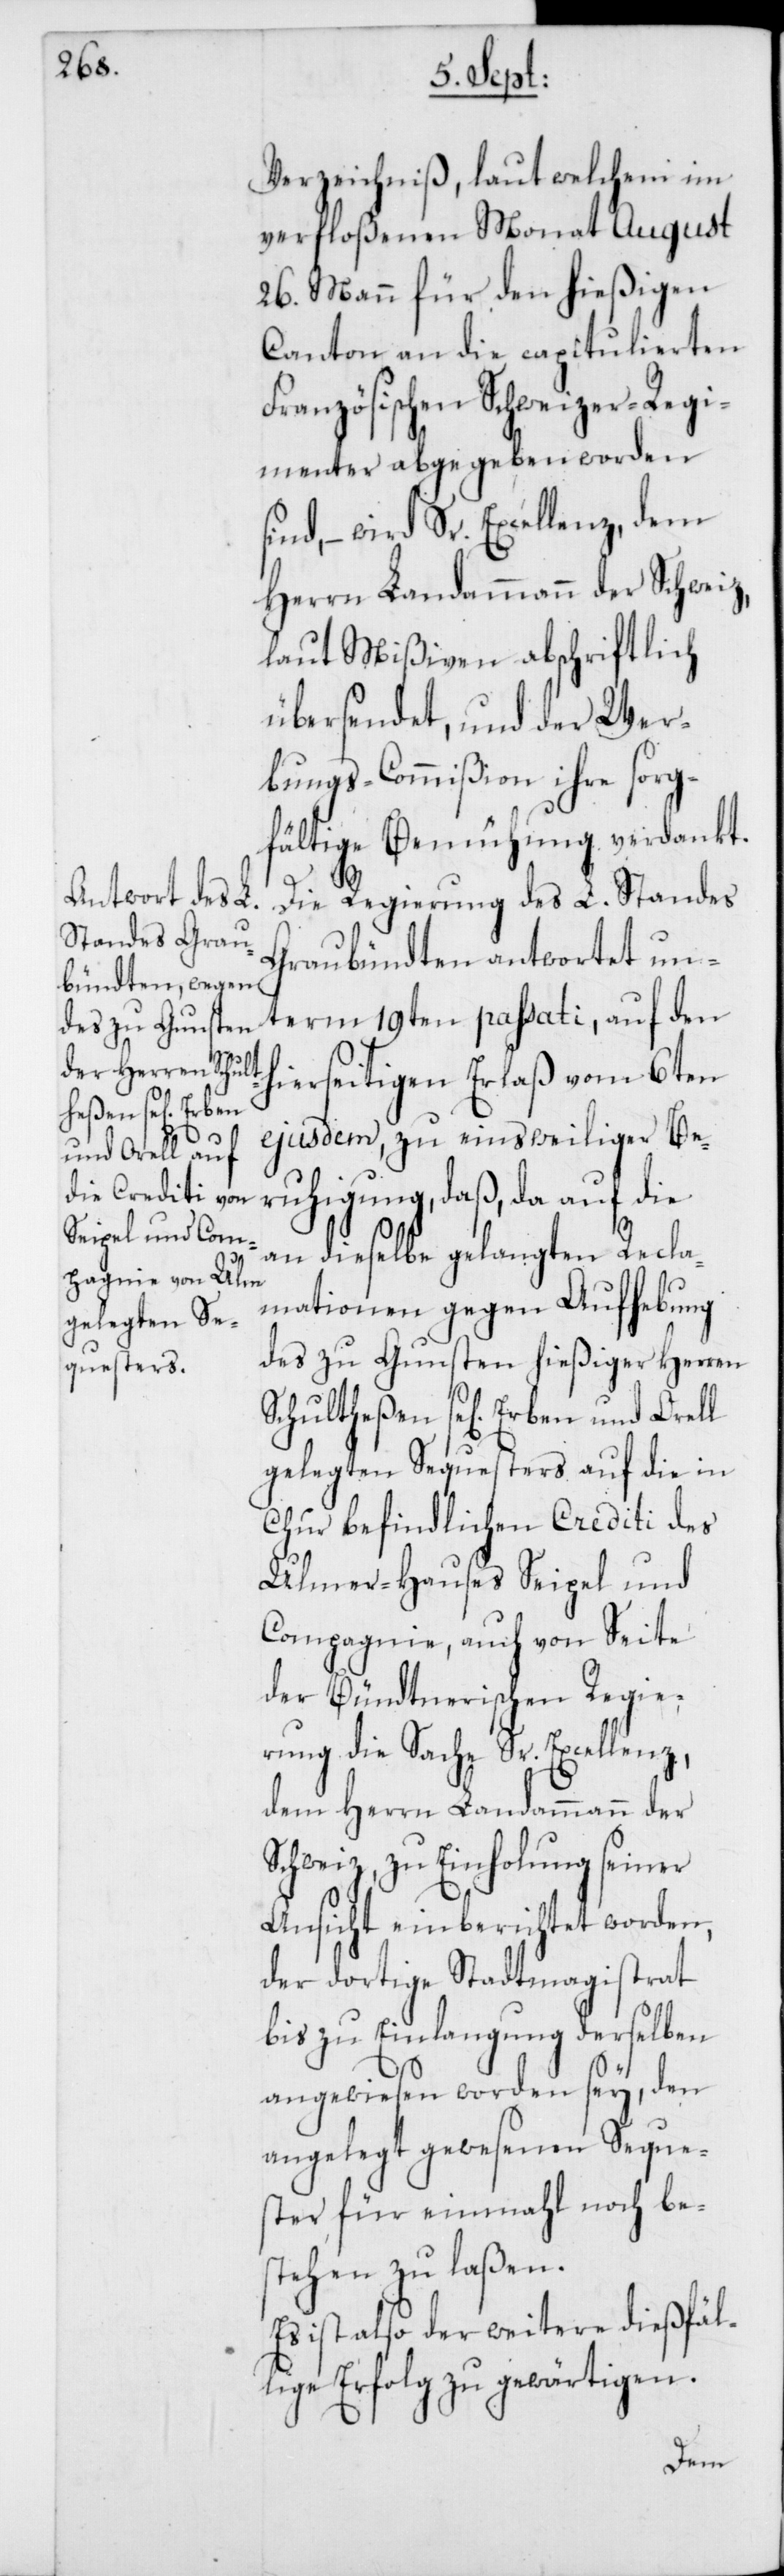
Verzeichniß, laut welchem im
verfloßenen Monat August
26. Mann für den hießigen
Canton an die capitulierten
Französischen Schweizer-Regi¬
menter abgegeben worden s¬
ind, – wird Sr. Excellenz, dem
Herrn Landammann der Schweiz,
laut Mißiven, abschriftlich
übersendet, und der Wer¬
bungs-Commißion ihre sorg¬
fältige Bemühung verdankt.
Die Regierung des L. Standes
Graubündten antwortet un¬
term 19ten passati, auf den
hierseitigen Erlaß vom 6ten
ejusdem, zu einsweiliger Be¬
und Orell
ruhigung, daß, da auf die
an dieselbe gelangten Recla¬
mationen gegen Aufhebung
des zu Gunsten hießiger Herren
gelegten Sequesters auf die in
Chur befindlichen Crediti des
Ulmer-Hauses Seigel und
Compagnie, auch von Seite
der Bündtnerischen Regie¬
rung die Sache Sr. Excellenz,
dem Herrn Landammann der
Schweiz, zu Einholung seiner
Ansicht einberichtet worden,
der dortige Stadtmagistrat
bis zu Einlangung derselben
angewiesen worden sey, den
angelegt gewesenen Seque¬
ster für einmahl noch be¬
stehen zu laßen.
Es ist also der weitere dießfäl¬
lige Erfolg zu gewärtigen.